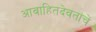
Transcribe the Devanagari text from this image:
आवाहितदेवतांचें